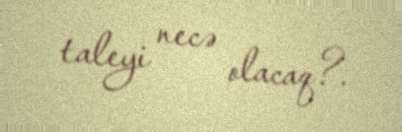
taleyi necə olacaq?.